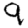
Digit: 9